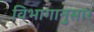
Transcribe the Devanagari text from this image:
विभागानुसार